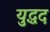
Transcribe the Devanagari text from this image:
युद्धद